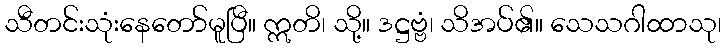
သီတင်းသုံးနေတော်မူပြီ။ ဣတိ၊ သို့။ ဒဋ္ဌဗ္ဗံ၊ သိအပ်၏။ သေသဂါထာသု၊